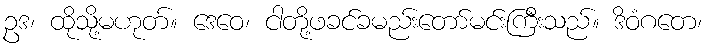
ဥဒ၊ ထိုသို့မဟုတ်။ ဒေဝေ၊ ငါတို့ဖခင်ခမည်းတော်မင်းကြီးသည်။ ဒိဝံဂတေ၊